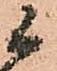
候